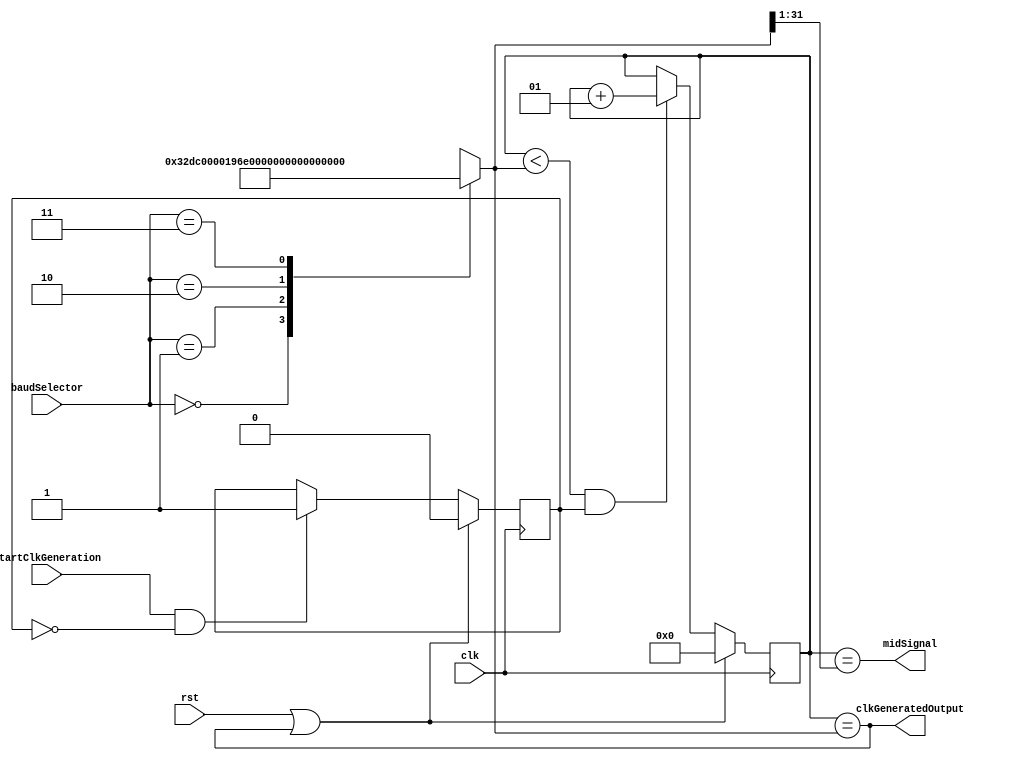
`timescale 1ns / 1ps

module UartClockGenerator
    (input clk, input rst, input startClkGeneration, input [1:0]baudSelector,
     output clkGeneratedOutput, output midSignal);

// 125000000/baudRate
reg [31:0]countMax;
always@(baudSelector)
    begin
        case(baudSelector)
            2'd0: countMax = 13020;
            2'd1: countMax = 6510;
            2'd2: countMax = 2170;
            2'd3: countMax = 1085;
        endcase
    end


integer count;
reg startCount;

always@(posedge clk)
    begin
        if((rst==1) || ((count == countMax)))
            begin
                startCount <= 0;
            end
        else
            begin
                if(startClkGeneration == 1 && startCount == 0)
                    startCount <= 1;
            end
       end            
always@(posedge clk)
    begin
        if((rst==1) || ((count == countMax)))
            begin
                count <= 0;
            end
        else
            begin
                if((count < countMax) && (startCount==1))
                    begin
                        count <= count + 1;
                    end
            end
    end
assign clkGeneratedOutput = (count == countMax);
assign midSignal =  (count == (countMax>>1));
endmodule